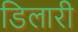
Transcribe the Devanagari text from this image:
डिलारी